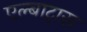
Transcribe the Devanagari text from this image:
एल्बाट्रास